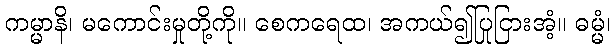
ကမ္မာနိ၊ မကောင်းမှုတို့ကို။ စေကရေထ၊ အကယ်၍ပြုငြားအံ့။ ဓမ္မံ၊